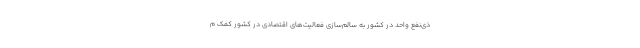
ذی‌نفع واحد در کشور به سالم‌سازی فعالیت‌های اقتصادی در کشور کمک م